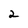
Character: 2